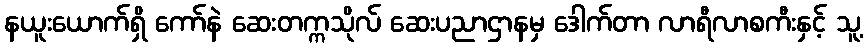
နယူးယောက်ရှိ ကော်နဲ ဆေးတက္ကသိုလ် ဆေးပညာဌာနမှ ဒေါက်တာ လာရီလာစကီးနှင့် သူ့